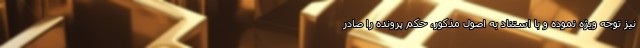
نیز توجه ویژه نموده و با استناد به اصول مذکور، حکم پرونده را صادر